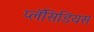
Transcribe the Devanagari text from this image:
प्लॅसिडियस